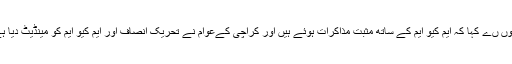
انہوں ںے کہا کہ ایم کیو ایم کے ساتھ مثبت مذاکرات ہوئے ہیں اور کراچی کےعوام نے تحریک انصاف اور ایم کیو ایم کو مینڈیٹ دیا ہے۔